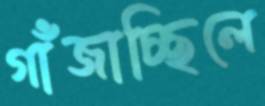
গাঁজাচ্ছিলে